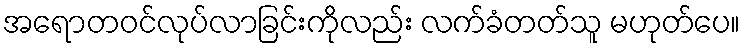
အရောတဝင်လုပ်လာခြင်းကိုလည်း လက်ခံတတ်သူ မဟုတ်ပေ။